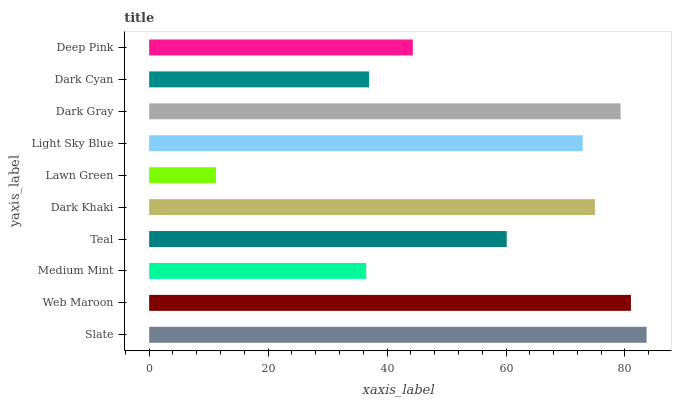
| yaxis_label | bars |
 | --- | --- |
 | Slate | 83.6 |
 | Web Maroon | 81 |
 | Medium Mint | 36.5 |
 | Teal | 60.1 |
 | Dark Khaki | 74.9 |
 | Lawn Green | 11.2 |
 | Light Sky Blue | 72.9 |
 | Dark Gray | 79.3 |
 | Dark Cyan | 37 |
 | Deep Pink | 44.3 |